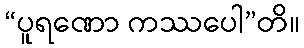
“ပူရဏော ကဿပေါ”တိ။